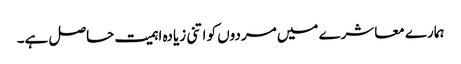
ہمارے معاشرے میں مردوں کو اتنی زیادہ اہمیت حاصل ہے۔